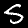
Digit: 5